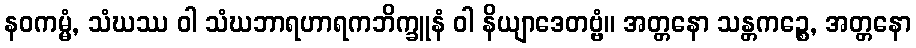
နဝကမ္မံ, သံဃဿ ဝါ သံဃဘာရဟာရကဘိက္ခူနံ ဝါ နိယျာဒေတဗ္ဗံ။ အတ္တနော သန္တကဉ္စေ, အတ္တနော